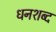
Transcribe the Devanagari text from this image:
धनशब्द